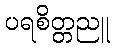
ပရစိတ္တညူ